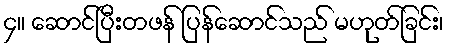
၄။ ဆောင်ပြီးတဖန် ပြန်ဆောင်သည် မဟုတ်ခြင်း၊